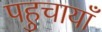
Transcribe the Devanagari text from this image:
पहुचायाँ